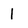
Character: 1